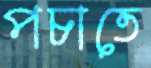
পচাতে